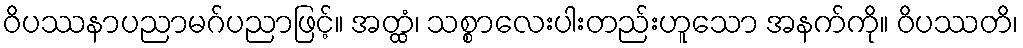
ဝိပဿနာပညာမဂ်ပညာဖြင့်။ အတ္ထံ၊ သစ္စာလေးပါးတည်းဟူသော အနက်ကို။ ဝိပဿတိ၊